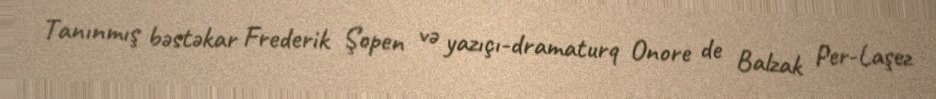
Tanınmış bəstəkar Frederik Şopen və yazıçı-dramaturq Onore de Balzak Per-Laşez